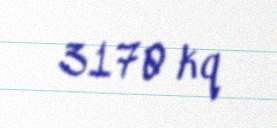
3170 kq